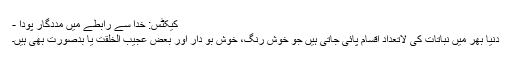
کیکٹس: خدا سے رابطے میں‌ مددگار پودا -
دنیا بھر میں نباتات کی لاتعداد اقسام پائی جاتی ہیں جو خوش رنگ، خوش بُو دار اور بعض عجیب الخلقت یا بدصورت بھی ہیں۔